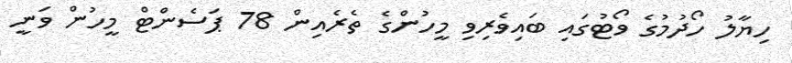
ހިޔާލު ހޯދުމުގެ ވޯޓުގައި ބައިވެރިވި މީހުންގެ ތެރެއިން 78 ޕަސެންޓް މީހުން ވަނީ